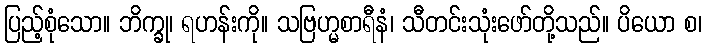
ပြည့်စုံသော။ ဘိက္ခု၊ ရဟန်းကို။ သဗြဟ္မစာရီနံ၊ သီတင်းသုံးဖော်တို့သည်။ ပိယော စ၊